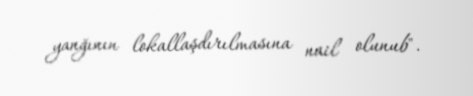
yanğının lokallaşdırılmasına nail olunub".